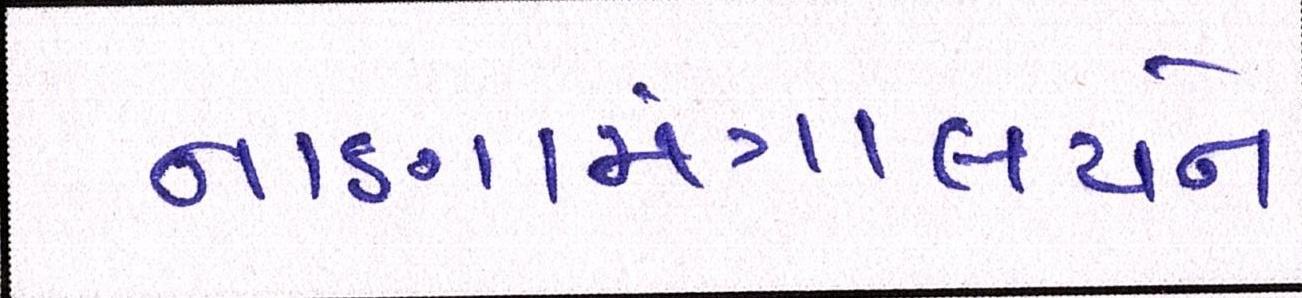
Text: નાણામંત્રાલયને